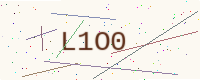
Text: L1O0